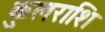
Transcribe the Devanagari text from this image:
कुलराशि